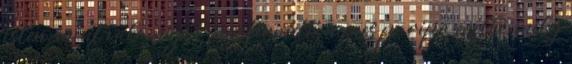
isten, mint valami jól megtermett, nemes paripa mellé, mely